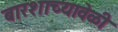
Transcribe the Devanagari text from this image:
बारशाच्यावेळी